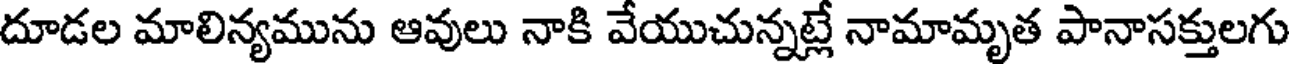
దూడల మాలిన్యమును ఆవులు నాకి వేయుచున్నట్లే నామామృత పానాసక్తులగు